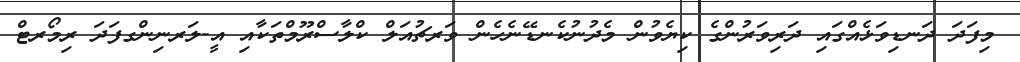
މިފަދަ ދަނޑިވަޅެއްގައި ދަރިވަރުންގެ ކިޔެވުން މެދުނުކެނޑޭނެހެން ވަރޗުއަލް ކްލާސްރޫމްތަކާއި އީ-ލަރނިންގފަދަ ރިމޯރޓް